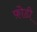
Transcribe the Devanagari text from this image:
फ़ोडी